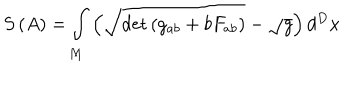
S \left( A \right) = \int _ { M } \left( \sqrt { \det \left( g _ { a b } + b F _ { a b } \right) } - \sqrt { g } \right) d ^ { D } x